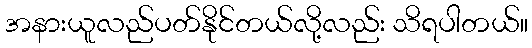
အနားယူလည်ပတ်နိုင်တယ်လို့လည်း သိရပါတယ်။